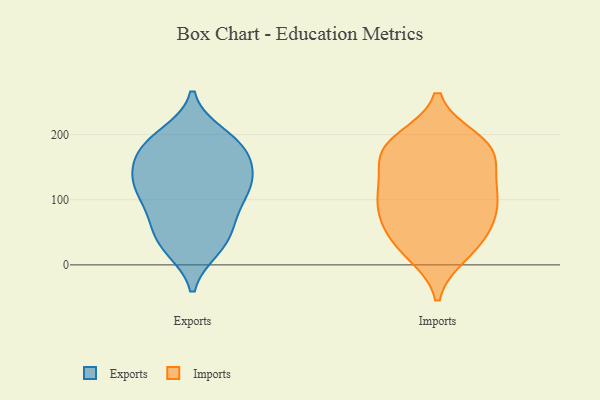
{"axis": {"x": "Latency (ms)", "y": "Value"}, "legend": ["Exports", "Imports"], "data": [{"x": "", "y": 181, "type": "Exports"}, {"x": "", "y": 140, "type": "Exports"}, {"x": "", "y": 36, "type": "Exports"}, {"x": "", "y": 82, "type": "Exports"}, {"x": "", "y": 104, "type": "Exports"}, {"x": "", "y": 65, "type": "Exports"}, {"x": "", "y": 159, "type": "Exports"}, {"x": "", "y": 132, "type": "Exports"}, {"x": "", "y": 120, "type": "Exports"}, {"x": "", "y": 107, "type": "Exports"}, {"x": "", "y": 28, "type": "Exports"}, {"x": "", "y": 187, "type": "Exports"}, {"x": "", "y": 143, "type": "Exports"}, {"x": "", "y": 55, "type": "Exports"}, {"x": "", "y": 181, "type": "Exports"}, {"x": "", "y": 199, "type": "Exports"}, {"x": "", "y": 120, "type": "Exports"}, {"x": "", "y": 185, "type": "Exports"}, {"x": "", "y": 26, "type": "Exports"}, {"x": "", "y": 125, "type": "Imports"}, {"x": "", "y": 17, "type": "Imports"}, {"x": "", "y": 32, "type": "Imports"}, {"x": "", "y": 168, "type": "Imports"}, {"x": "", "y": 184, "type": "Imports"}, {"x": "", "y": 110, "type": "Imports"}, {"x": "", "y": 183, "type": "Imports"}, {"x": "", "y": 192, "type": "Imports"}, {"x": "", "y": 64, "type": "Imports"}, {"x": "", "y": 109, "type": "Imports"}, {"x": "", "y": 164, "type": "Imports"}, {"x": "", "y": 68, "type": "Imports"}, {"x": "", "y": 25, "type": "Imports"}, {"x": "", "y": 116, "type": "Imports"}, {"x": "", "y": 65, "type": "Imports"}, {"x": "", "y": 176, "type": "Imports"}, {"x": "", "y": 91, "type": "Imports"}]}